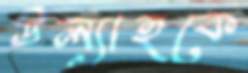
উল্যাহকে